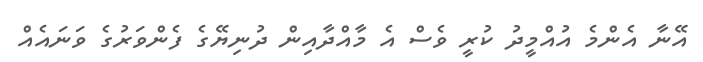
އޭނާ އެންމެ އުއްމީދު ކުރީ ވެސް އެ މާއްދާއިން ދުނިޔޭގެ ފެންވަރުގެ ވަނައެއް